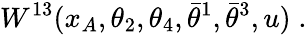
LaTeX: W^{13}(x_{A},\theta_{2},\theta_{4},\bar{\theta}^{1},\bar{\theta}^{3},u)\; .